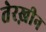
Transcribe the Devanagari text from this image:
तेरख़ीन